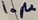
Text: 10µ